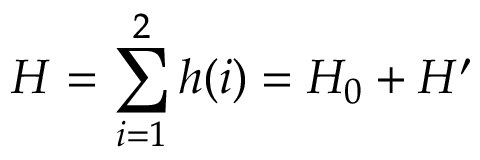
H = \sum _ { i = 1 } ^ { 2 } h ( i ) = H _ { 0 } + H ^ { \prime }